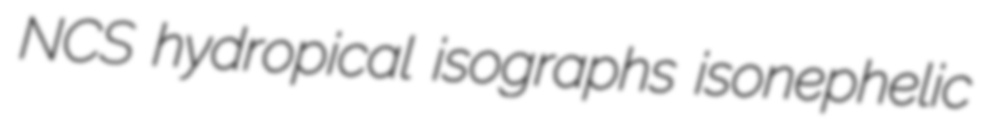
NCS hydropical isographs isonephelic